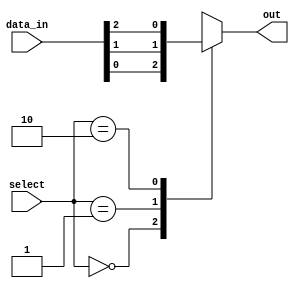
module mux64to1 (
    input [63:0] data_in,
    input [5:0] select,
    output reg out
);

always @* begin
    case(select)
        6'b000000: out = data_in[0];
        6'b000001: out = data_in[1];
        6'b000010: out = data_in[2];
        //continue for all 64 input lines
        default: out = 1'bx; //default value if select signal does not match any input
    endcase
end

endmodule